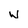
Character: w